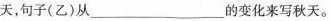
天，句子(乙)从_的变化来写秋天。